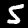
Label: 5